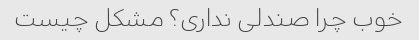
خوب چرا صندلی نداری؟ مشکل چیست